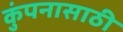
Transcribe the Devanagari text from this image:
कुंपनासाठी